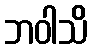
ဘဝါသိ